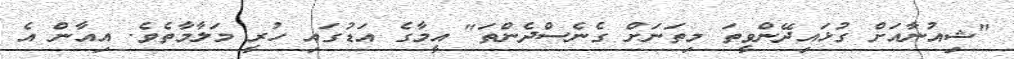
"ޝިއުނާއަށް ގުޅައިދޭންވީތަ މިތަނަށް ގެނެސްދެންތަ" އީމާގެ އަޑުގައި ހުރީ މަލާމާތެވެ. އިއާން އެ